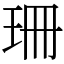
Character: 珊